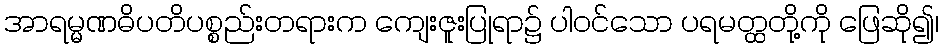
အာရမ္မဏဓိပတိပစ္စည်းတရားက ကျေးဇူးပြုရာ၌ ပါဝင်သော ပရမတ္ထတို့ကို ဖြေဆို၍၊